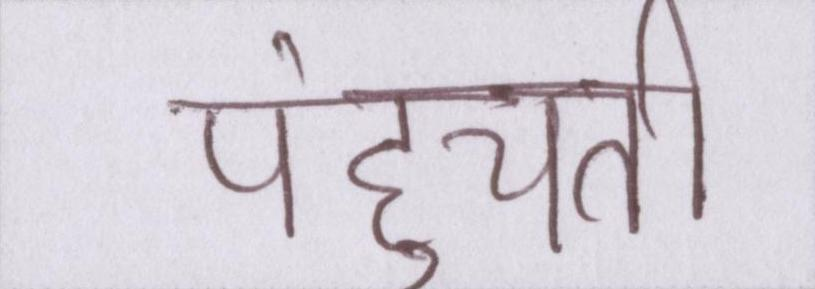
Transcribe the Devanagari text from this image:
पहुंचती